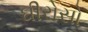
ઘીરોસો